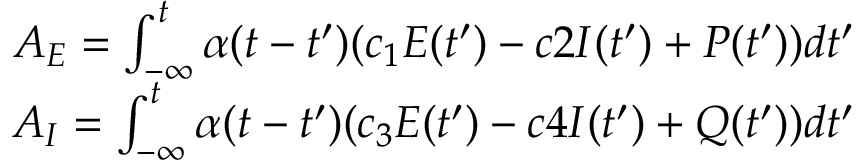
\begin{array} { r } { A _ { E } = \int _ { - \infty } ^ { t } \alpha ( t - t ^ { \prime } ) ( c _ { 1 } E ( t ^ { \prime } ) - c 2 I ( t ^ { \prime } ) + P ( t ^ { \prime } ) ) d t ^ { \prime } } \\ { A _ { I } = \int _ { - \infty } ^ { t } \alpha ( t - t ^ { \prime } ) ( c _ { 3 } E ( t ^ { \prime } ) - c 4 I ( t ^ { \prime } ) + Q ( t ^ { \prime } ) ) d t ^ { \prime } } \end{array}